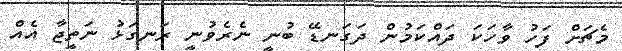
މެޗަށް ފަހު ވާހަކަ ދައްކަމުން ދަގަނޑޭ ބުނީ ނެރެވުނީ ރަނގަޅު ނަތީޖާ އެއް